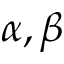
\alpha , \beta